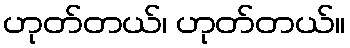
ဟုတ်တယ်၊ ဟုတ်တယ်။